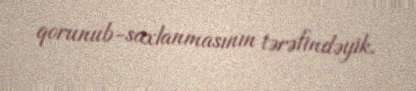
qorunub-saxlanmasının tərəfindəyik.